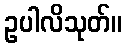
ဥပါလိသုတ်။